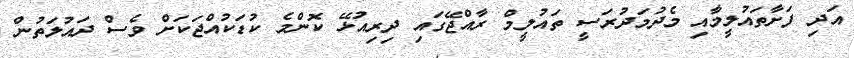
އަދި ފަށާތައުލީމާއި މެދުމަދުރަސީ ތައުލީމް ރާއްޖޭގައި ދިރިއުޅޭ ކޮންމެ ކުޑަކުއްޖަކަށް ވެސް ދައުލަތުން